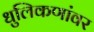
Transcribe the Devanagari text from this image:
धुलिकणांवर